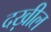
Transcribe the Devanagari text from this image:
दख़ील